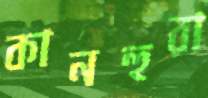
কানহুরা